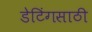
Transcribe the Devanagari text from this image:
डेटिंगसाठी